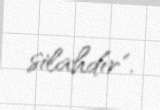
silahdır".